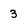
Character: 3